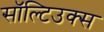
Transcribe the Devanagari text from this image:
सॉल्टिउक्स